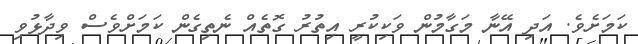
ކަމަށެވެ. އަދި އޭނާ މަގާމުން ވަކިކުރީ އިތުރު ގޮތެއް ނެތިގެން ކަމަށްވެސް ވިދާޅުވި